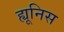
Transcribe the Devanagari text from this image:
ह्यूनिस